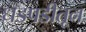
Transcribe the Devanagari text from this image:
धडपडीतून